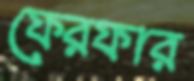
ফেরফার